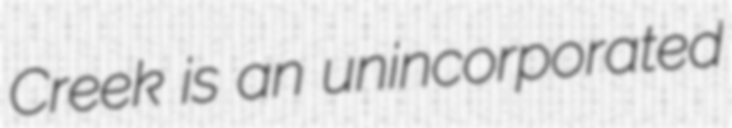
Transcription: Creek is an unincorporated